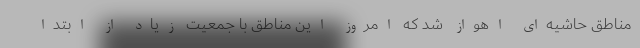
مناطق حاشیه‌ای اهواز شد که امروز این مناطق با جمعیت زیاد از ابتدا